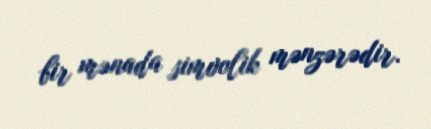
bir mənada simvolik mənzərədir.